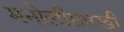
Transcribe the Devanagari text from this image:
मनोलीसारखी